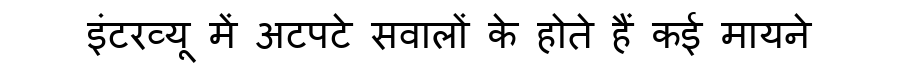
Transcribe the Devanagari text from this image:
इंटरव्यू में अटपटे सवालों के होते हैं कई मायने